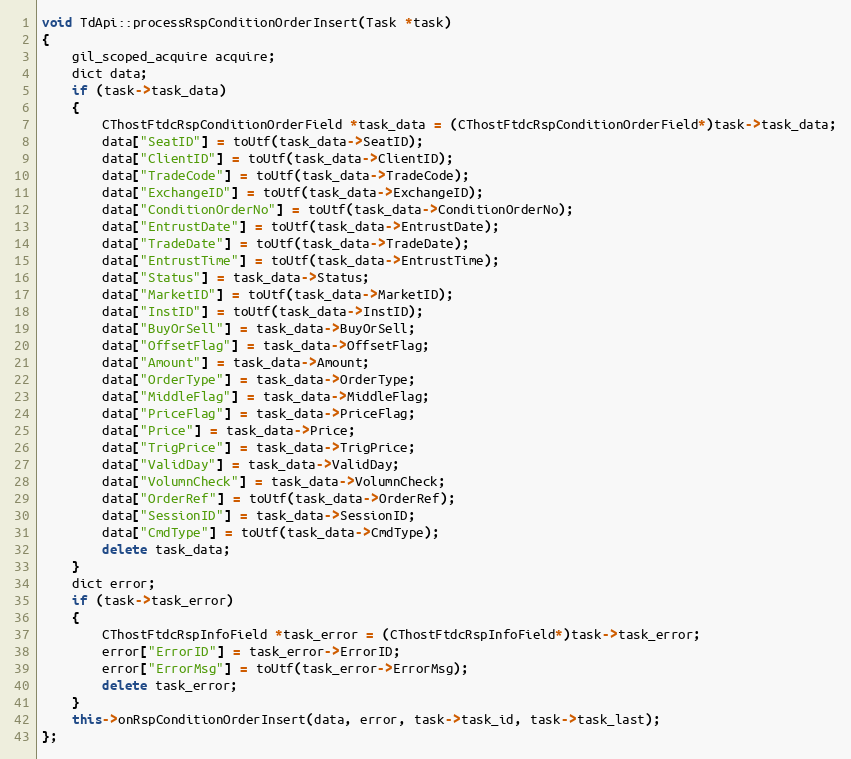
Language: C++
void TdApi::processRspConditionOrderInsert(Task *task)
{
	gil_scoped_acquire acquire;
	dict data;
	if (task->task_data)
	{
		CThostFtdcRspConditionOrderField *task_data = (CThostFtdcRspConditionOrderField*)task->task_data;
		data["SeatID"] = toUtf(task_data->SeatID);
		data["ClientID"] = toUtf(task_data->ClientID);
		data["TradeCode"] = toUtf(task_data->TradeCode);
		data["ExchangeID"] = toUtf(task_data->ExchangeID);
		data["ConditionOrderNo"] = toUtf(task_data->ConditionOrderNo);
		data["EntrustDate"] = toUtf(task_data->EntrustDate);
		data["TradeDate"] = toUtf(task_data->TradeDate);
		data["EntrustTime"] = toUtf(task_data->EntrustTime);
		data["Status"] = task_data->Status;
		data["MarketID"] = toUtf(task_data->MarketID);
		data["InstID"] = toUtf(task_data->InstID);
		data["BuyOrSell"] = task_data->BuyOrSell;
		data["OffsetFlag"] = task_data->OffsetFlag;
		data["Amount"] = task_data->Amount;
		data["OrderType"] = task_data->OrderType;
		data["MiddleFlag"] = task_data->MiddleFlag;
		data["PriceFlag"] = task_data->PriceFlag;
		data["Price"] = task_data->Price;
		data["TrigPrice"] = task_data->TrigPrice;
		data["ValidDay"] = task_data->ValidDay;
		data["VolumnCheck"] = task_data->VolumnCheck;
		data["OrderRef"] = toUtf(task_data->OrderRef);
		data["SessionID"] = task_data->SessionID;
		data["CmdType"] = toUtf(task_data->CmdType);
		delete task_data;
	}
	dict error;
	if (task->task_error)
	{
		CThostFtdcRspInfoField *task_error = (CThostFtdcRspInfoField*)task->task_error;
		error["ErrorID"] = task_error->ErrorID;
		error["ErrorMsg"] = toUtf(task_error->ErrorMsg);
		delete task_error;
	}
	this->onRspConditionOrderInsert(data, error, task->task_id, task->task_last);
};